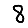
Digit: 8